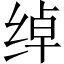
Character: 绰